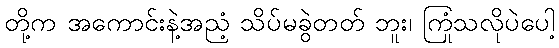
တို့က အကောင်းနဲ့အညံ့ သိပ်မခွဲတတ် ဘူး၊ ကြုံသလိုပဲပေါ့